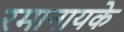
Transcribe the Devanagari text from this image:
रमानायके